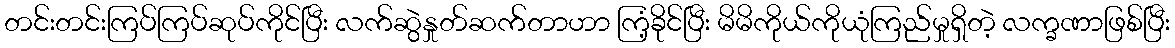
တင်းတင်းကြပ်ကြပ်ဆုပ်ကိုင်ပြီး လက်ဆွဲနှုတ်ဆက်တာဟာ ကြံ့ခိုင်ပြီး မိမိကိုယ်ကိုယုံကြည်မှုရှိတဲ့ လက္ခဏာဖြစ်ပြီး